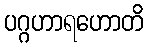
ပဂ္ဂဟာရဟောတိ